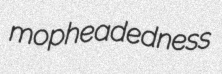
mopheadedness